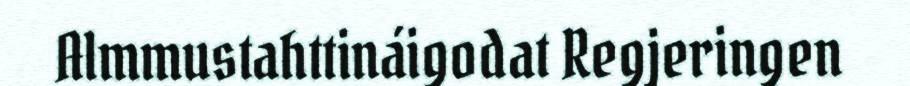
Almmustahttináigodat Regjeringen